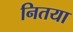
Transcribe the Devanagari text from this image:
नितया